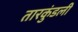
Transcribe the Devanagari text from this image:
तारकुंडली